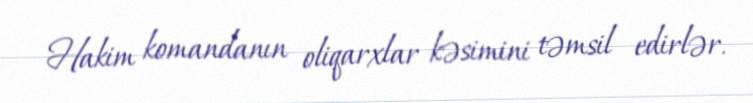
Hakim komandanın oliqarxlar kəsimini təmsil edirlər.